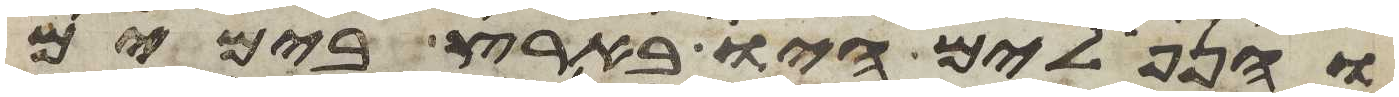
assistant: והנפלים היו בארץ בימים